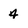
Character: 4